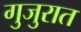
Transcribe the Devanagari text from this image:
गुजुरात